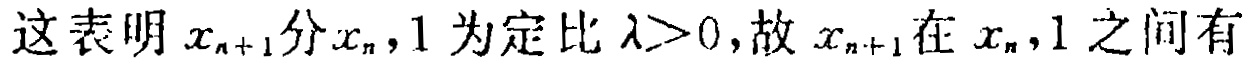
这表明 \(x_{n + 1}\) 分 \(x_{n},1\) 为定比 \(\lambda>0\)，故 \(x_{n + 1}\) 在 \(x_{n},1\) 之间有